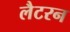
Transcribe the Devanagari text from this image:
लैटरन